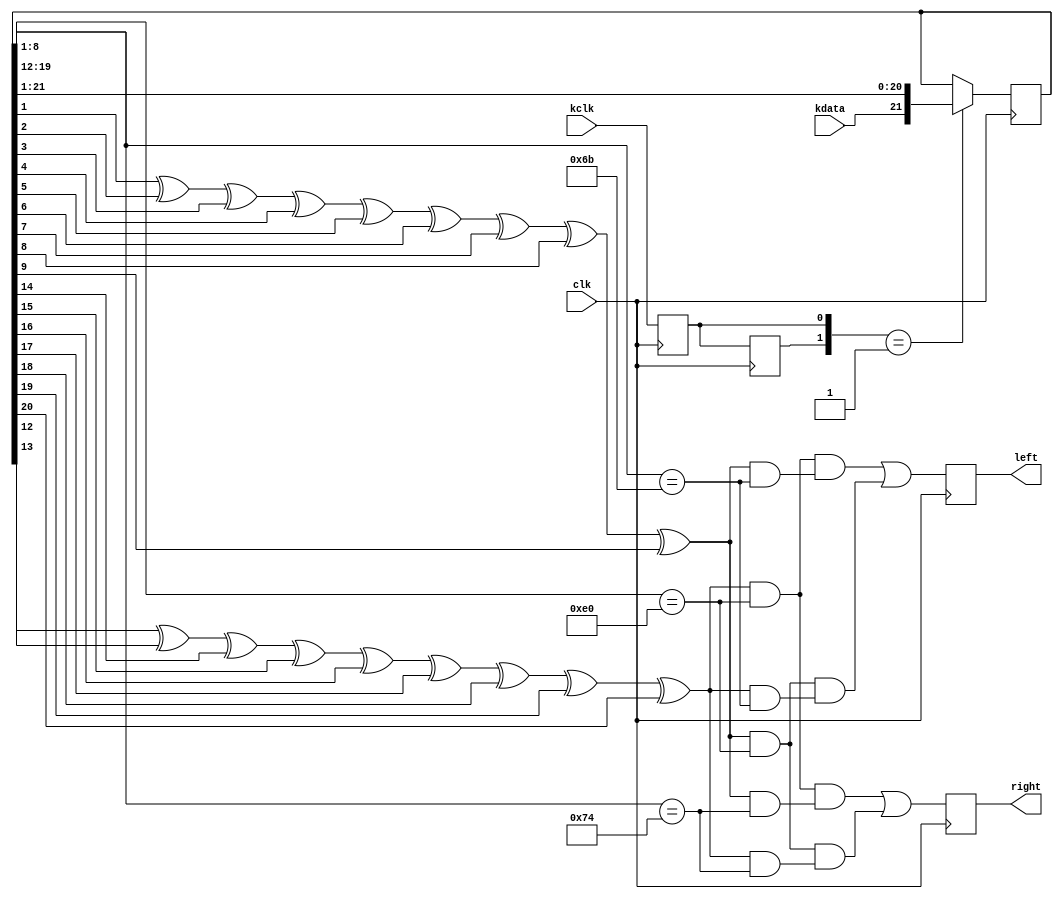
module keyboard(left,right,clk,kclk,kdata);

output reg left,right;
input clk,kclk,kdata;

reg C_state, N_state;
reg [21:0] key;
wire [1:0] check;

assign check[0]= key[1]^key[2]^key[3]^key[4]^key[5]^key[6]^key[7]^key[8]^key[9];
assign check[1]= key[12]^key[13]^key[14]^key[15]^key[16]^key[17]^key[18]^key[19]^key[20];

always @(posedge clk) begin
	C_state <= N_state;
	N_state <= kclk;
end

always @(posedge clk) begin
	left <= ((check[1] & (key[8:1]==8'he0)) & (check[0] & (key[19:12]==8'h6b))) ||
			((check[0] & (key[8:1]==8'he0)) & (check[1] & (key[19:12]==8'h6b))) ;
	right <= ((check[1] & (key[8:1]==8'he0)) & (check[0] & (key[19:12]==8'h74))) ||
			 ((check[0] & (key[8:1]==8'he0)) & (check[1] & (key[19:12]==8'h74))) ;    
end

always @(posedge clk) begin
	if  ({C_state,N_state}==2'b01)
		key <= {kdata,key[21:1]};
	else
		key <= key;
end

endmodule